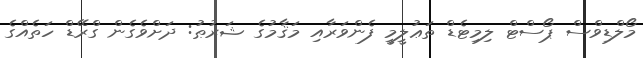
މޯލްޑިވްސް ޕޯސްޓް ލިމިޓެޑް ތަޢުލީމީ ފެންވަރާއި މަޤާމުގެ ޝަރުޠު: ދަށްވެގެން ގްރޭޑް ހަތެއްގެ